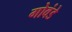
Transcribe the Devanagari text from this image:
गोवंडे